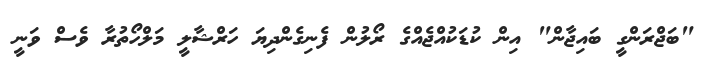
"ބަޖްރަންގީ ބައިޖާން" އިން ކުޑަކުއްޖެއްގެ ރޯލުން ފެނިގެންދިޔަ ހަރްޝާލީ މަލްހޯތުރާ ވެސް ވަނީ